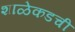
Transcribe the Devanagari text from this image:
शाळेकडची